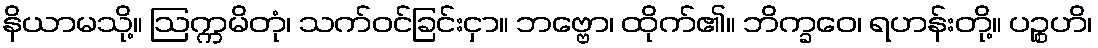
နိယာမသို့။ ဩက္ကမိတုံ၊ သက်ဝင်ခြင်းငှာ။ ဘဗ္ဗော၊ ထိုက်၏။ ဘိက္ခဝေ၊ ရဟန်းတို့။ ပဉ္စဟိ၊